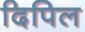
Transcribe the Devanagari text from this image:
दिपिल